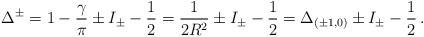
LaTeX: \begin{align*}\Delta ^{\pm }=1-\frac{\gamma }{\pi }\pm I_{\pm }-\frac{1}{2}=\frac{1}{2R^{2}}\pm I_{\pm }-\frac{1}{2}=\Delta _{(\pm 1,0)}\pm I_{\pm }-\frac{1}{2}\, .\end{align*}